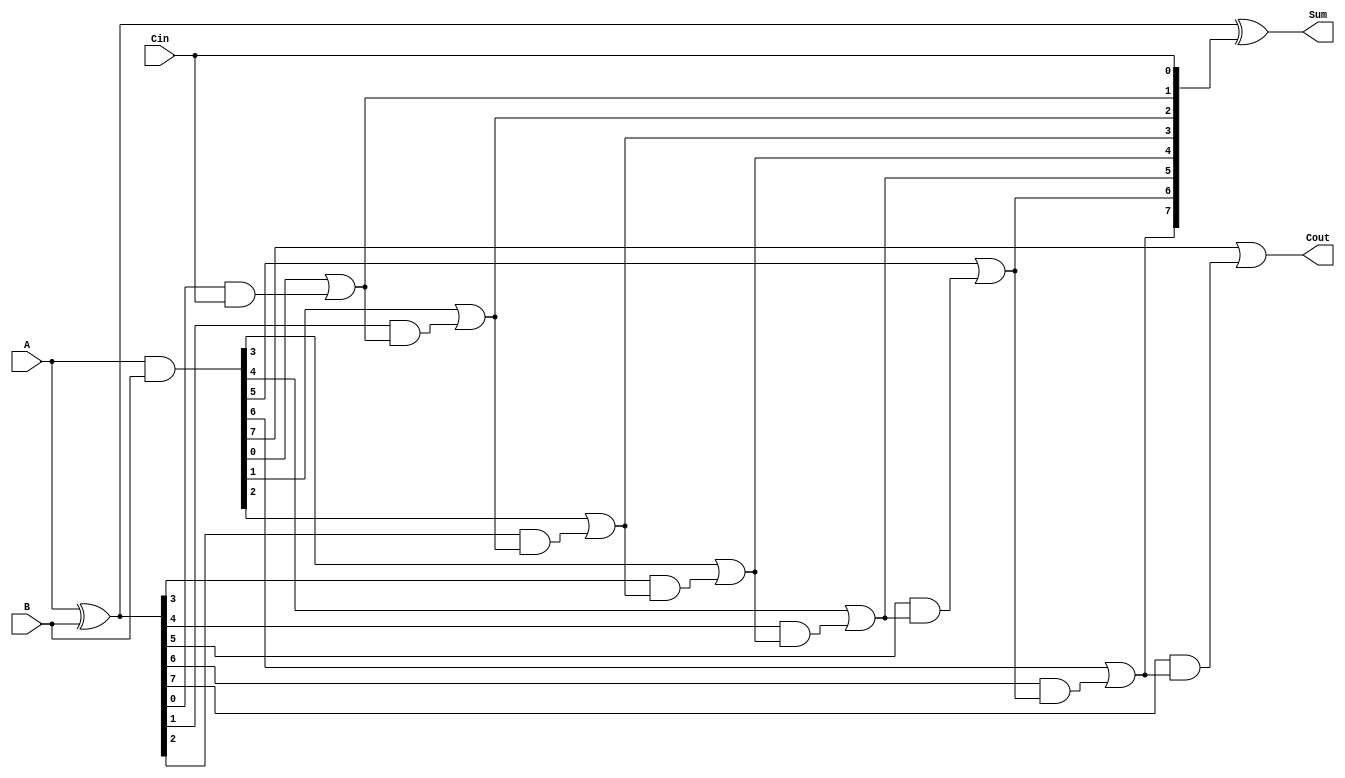
module ManchesterCarryChainAdder #(parameter n = 8) (
    input  [n-1:0] A,      // First n-bit input
    input  [n-1:0] B,      // Second n-bit input
    input          Cin,     // Carry-in
    output [n-1:0] Sum,     // n-bit Sum output
    output         Cout      // Carry-out
);

    // Generate and Propagate signals
    wire [n-1:0] G; // Generate signals
    wire [n-1:0] P; // Propagate signals
    wire [n:0] C;   // Carry signals (C[0] = Cin)

    // Generate and Propagate logic
    assign G = A & B;          // G[i] = A[i] & B[i]
    assign P = A ^ B;          // P[i] = A[i] ^ B[i]

    // Carry chain logic
    assign C[0] = Cin;         // Initial carry-in
    genvar i;
    generate
        for (i = 0; i < n; i = i + 1) begin : carry_chain
            assign C[i + 1] = G[i] | (P[i] & C[i]); // C[i+1] = G[i] | (P[i] & C[i])
        end
    endgenerate

    // Sum calculation
    assign Sum = P ^ C[n-1:0]; // Sum[i] = P[i] ^ C[i]

    // Carry-out
    assign Cout = C[n];        // Final carry-out

endmodule